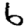
Digit: 6